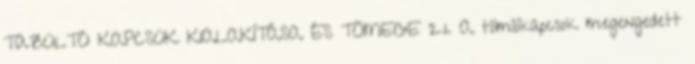
TÛZOLTÓ KAPCSOK KIALAKÍTÁSA ÉS TÖMEGE 2.1. A tömlõkapcsok megengedett